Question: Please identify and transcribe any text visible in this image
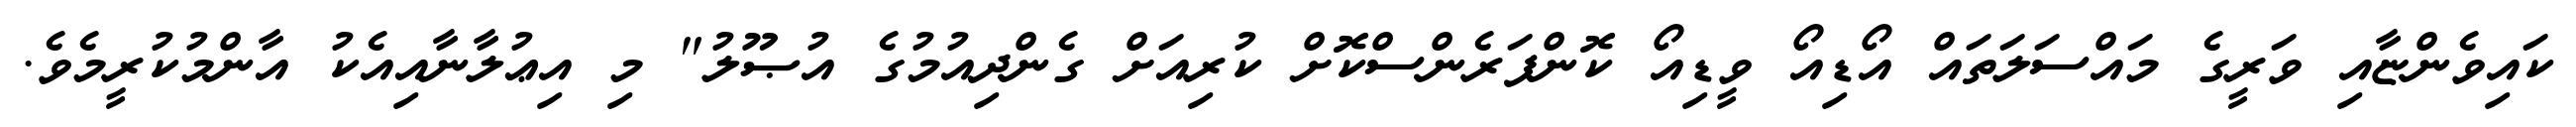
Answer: ކައިވެންޏާއި ވަރީގެ މައްސަލަތައް އޯޑިއޯ ވީޑިއޯ ކޮންފަރެންސްކޮށް ކުރިއަށް ގެންދިއުމުގެ އުޞޫލު" މި އިޢުލާނާއިއެކު އާންމުކުރީމެވެ.